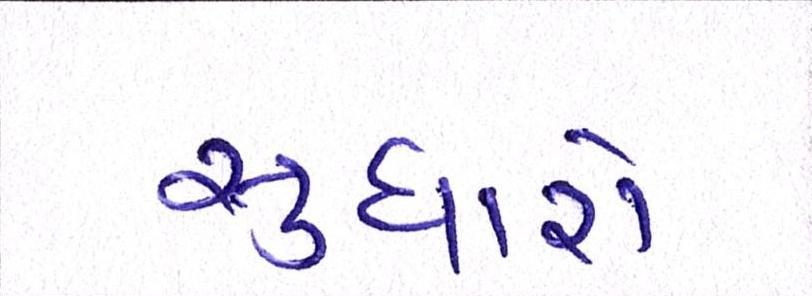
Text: સુધારો